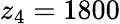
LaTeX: z_{4}=1800